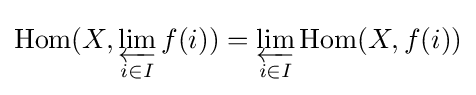
\operatorname {Hom} (X,\varprojlim _{i\in I}f(i))=\varprojlim _{i\in I}\operatorname {Hom} (X,f(i))